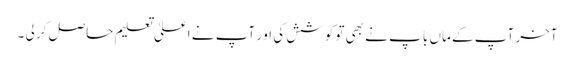
آخر آپ کے ماں با پ نے بھی تو کوشش کی او ر آپ نے اعلیٰ تعلیم حاصل کر لی ۔